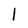
Character: 1